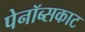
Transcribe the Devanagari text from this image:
पेनॉब्सकाट